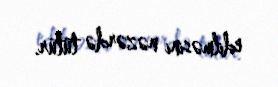
edilməsini nəzərdə tutur.